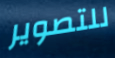
للتصوير